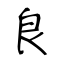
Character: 良